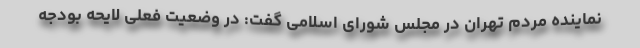
نماینده مردم تهران در مجلس شورای اسلامی گفت: در وضعیت فعلی لایحه بودجه